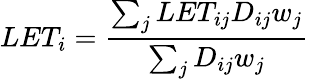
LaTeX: LET_{i}=\frac{\sum_{j}LET_{ij}D_{ij}w_{j}}{\sum_{j}D_{ij}w_{j}}